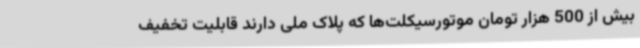
بیش از 500 هزار تومان موتورسیکلت‌ها که پلاک ملی دارند قابلیت تخفیف